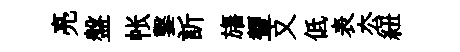
亮盤帐鑿訢旛顰又低表厺紐